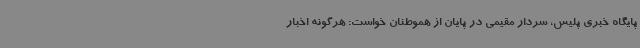
پایگاه خبری پلیس، سردار مقیمی در پایان از هموطنان خواست: هرگونه اخبار